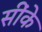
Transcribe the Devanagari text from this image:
सींके